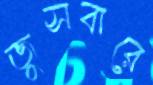
জুসবারে